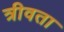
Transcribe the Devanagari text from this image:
त्रीवता